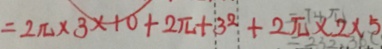
= 2 \pi \times 3 \times 1 0 + 2 \pi + 3 ^ { 2 } + 2 \pi \times 2 \times 5